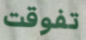
تفوقت